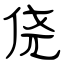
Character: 侥